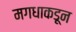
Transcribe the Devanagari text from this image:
मगधाकडून